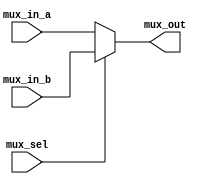
module mux (
  input [3:0] mux_in_a,
  input [3:0] mux_in_b, 
  input mux_sel,
  
  output reg [3:0] mux_out

);
  
  always @*
  begin
  if(mux_sel)
    mux_out = mux_in_b;
  else
    mux_out = mux_in_a;
  end
  
endmodule